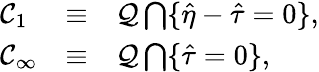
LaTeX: \begin{array}{lcl}{{{\cal C}_{1}}}&{{\equiv}}&{{{\cal Q}\bigcap\{ \hat{\eta}-\hat{\tau}=0\} ,}}\\ {{{\cal C}_{\infty}}}&{{\equiv}}&{{{\cal Q}\bigcap\{ \hat{\tau}=0\} ,}}\end{array}